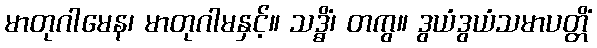
မာတုဂါမေန၊ မာတုဂါမနှင့်။ သဒ္ဓိံ၊ တကွ။ ဒွယံဒွယံသမာပတ္တိံ